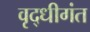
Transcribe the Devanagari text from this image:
वृद्धीगंत